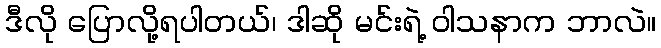
ဒီလို ပြောလို့ရပါတယ်၊ ဒါဆို မင်းရဲ့ ဝါသနာက ဘာလဲ။